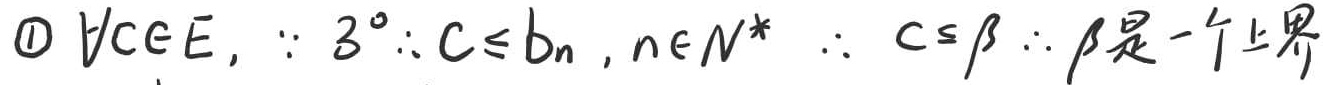
\textcircled{1} $\forall c\in E,\because \exists^{\circ}\therefore c\leq b_{n},n\in N^{*}\ \therefore c\leq\beta\ \therefore \beta是一个上界$